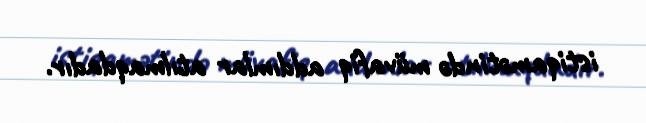
istiqamətində müvafiq addımlar atılmaqdadır.